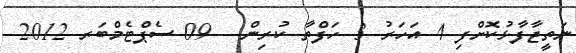
ނަތީޖާފާޅުކޮށްފި 4 އަހަރު 3 ހަފްތާ ކުރިން - 09 ސެޕްޓެމްބަރ 2012